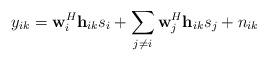
LaTeX: \begin{align*}y_{ik}={\bf{w}}^{H}_{i}{\bf{h}}_{ik}s_{i}+\sum_{j\neq i}{\bf{w}}^{H}_{j}{\bf{h}}_{ik}s_{j}+n_{ik} \end{align*}